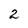
Character: 2